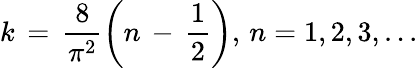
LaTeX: k\, =\, \frac{8}{\pi^{2}}\left(n\, -\, \frac{1}{2}\right),\, n=1,2,3,...